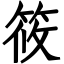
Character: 筱